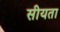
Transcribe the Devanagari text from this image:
सीयता